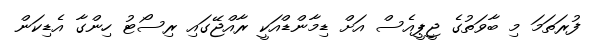
ފުރަތަމަ މި ބާވަތުގެ ޖީޕީއެސް އަށް ޑިމާންޑްއަކީ ރާއްޖޭގައި ރިސޯޓު ހިންގާ އެޑިކަން